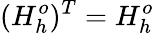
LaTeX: (H_{h}^{o})^{T}=H_{h}^{o}